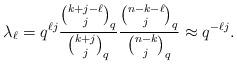
LaTeX: \begin{align*}\lambda_\ell = q^{\ell j}\frac{{k+j-\ell \choose j}_q}{{k+j \choose j}_q} \frac{{n-k-\ell \choose j}_q}{{n-k \choose j}_q} \approx q^{-\ell j}.\end{align*}